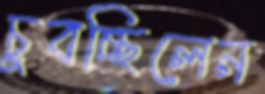
চুবচ্ছিলেন